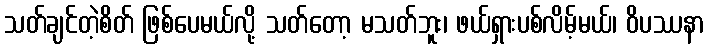
သတ်ချင်တဲ့စိတ် ဖြစ်ပေမယ်လို့ သတ်တော့ မသတ်ဘူး၊ ဖယ်ရှားပစ်လိမ့်မယ်၊ ဝိပဿနာ